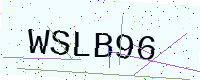
Text: WSLB96